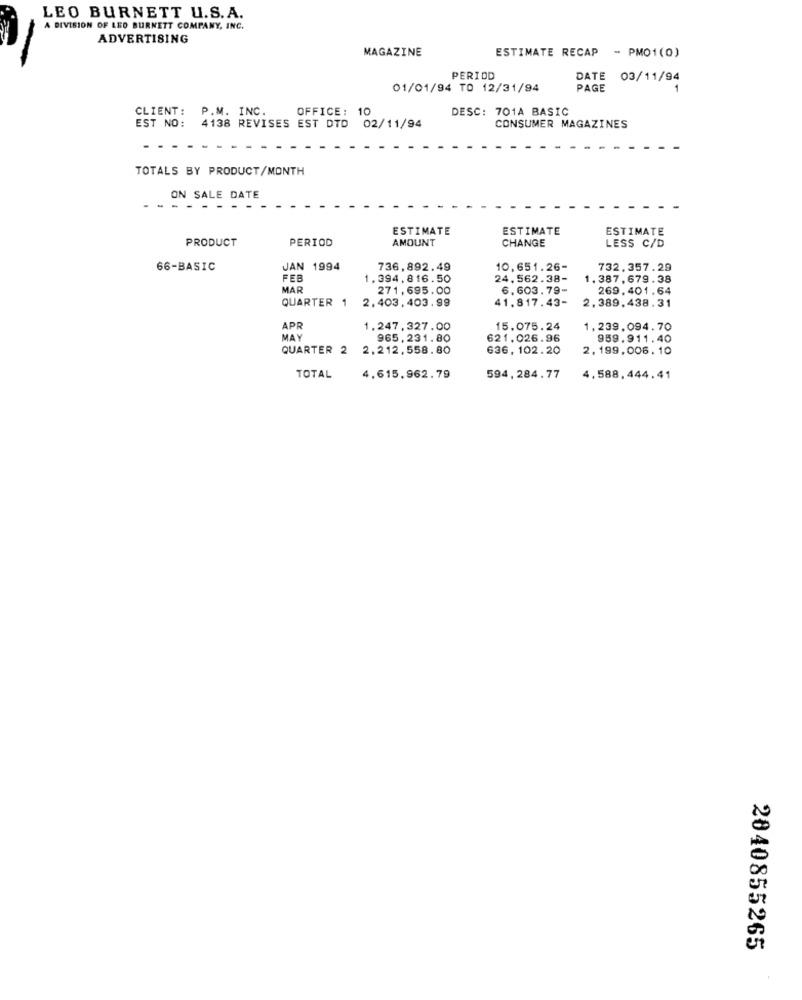
LEO BURNETT U.S.A.
A DIVISION OF LEO BURNETT COMPANY, INC.
ADVERTISING
MAGAZINE
ESTIMATE RECAP - PMO1(0)
PERIOD
DATE 03/11/94
01/01/94 TO 12/31/94
PAGE
CLIENT: P.M. INC.
OFFICE: 10
DESC: 701A BASIC
EST NO: 4138 REVISES EST DTD 02/11/94
CONSUMER MAGAZINES
TOTALS BY PRODUCT/MONTH
ON SALE DATE
ESTIMATE
ESTIMATE
ESTIMATE
PRODUCT
PERIOD
AMOUNT
CHANGE
LESS C/D
66-BASIC
JAN 1994
736,892.49
10,651.26-
732.357.29
FEB
1,394,816.50
24.562.38-
1.387,679.38
MAR
271,695.00
6,603.79-
269.401.64
QUARTER 1
2.403,403,99
41.817.43-
2.389.438.31
APR
1.247,327.00
15.075.24
1,239.094.70
MAY
965,231.80
621.026.96
959.911.40
QUARTER 2
2.212,558.80
636, 102.20
2,199,006. 10
TOTAL
4,615,962.79
594, 284.77
4,588,444.41
2040855265